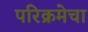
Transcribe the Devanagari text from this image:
परिक्रमेचा